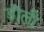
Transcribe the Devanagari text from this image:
डॊली